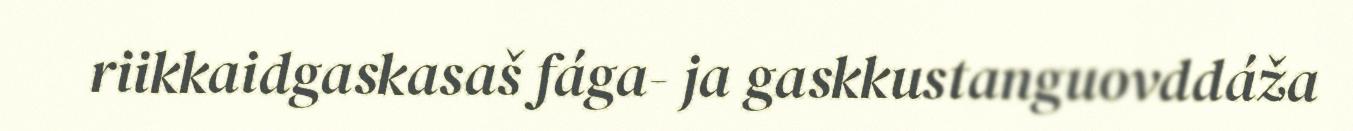
riikkaidgaskasaš fága- ja gaskkustanguovddáža